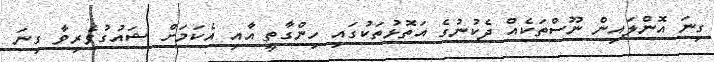
ގިނަ އޮންލައިން ނޫސްތަކެއް ދެކުނުގެ އަތޮޅުތަކުގައި ހިންގާތީ އާއި އެކަމަށް ޝައުގުވެރިވާ ގިނަ